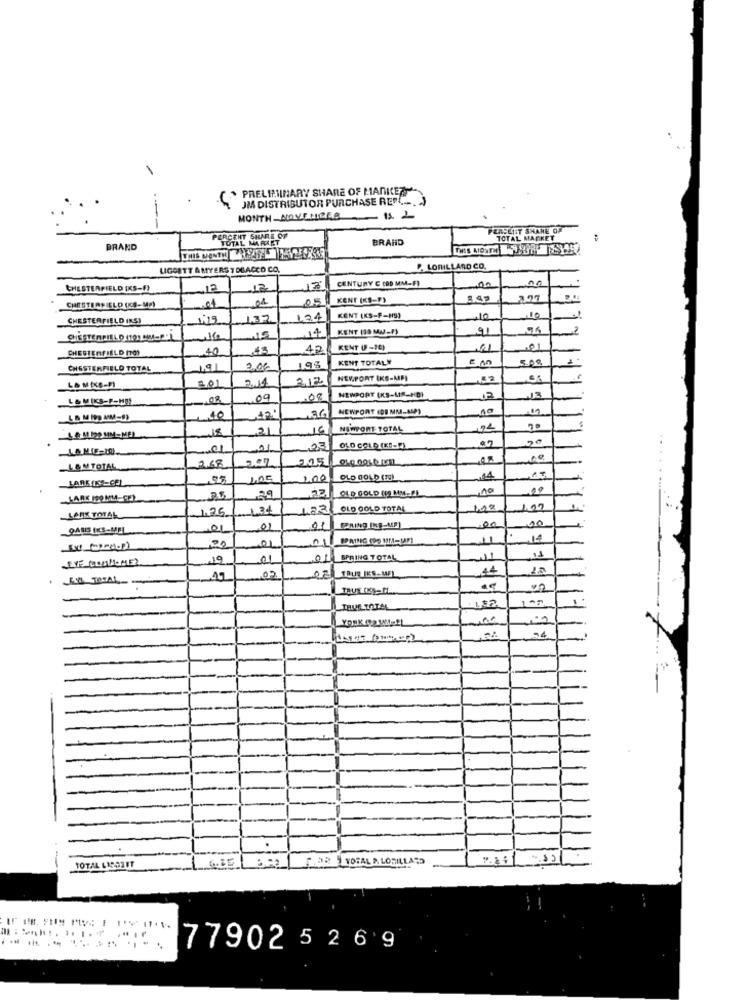
-
( * PRELIMINARY SHARE OF MANKE
OM DISTRIBUTOR PURCHASE REP[ .. . )
MONTH _ADVENIRER
PERSELIT SHAME OF
PERCENT SHARE OF
TOTAL MARKET
BRAND
TOTAL MARKET
BRAND
LIGOETT A MYERS Y DIACCO CO.
P. LORILLARD CO.
CENTURY C (OD MM-FI
CHESTERFIELD IKS-F)
12
12
13
.05
KENT (KS-F)
297
CHESTERFIELD (KCE-Mg)
CHESTERFIELD (NS)
132
124
KENT (KS-F-89)
.10
.14
KENT (35 MM-F)
91
CHESTERFIELD (TO)
40
43
42
KENT (F-16)
01
01
KENT TOTAL#
CHESTERFIELD TOTAL
3.06
195
5.03
2.14
312
NEWPORT (KS-MF)
LA MIKE-FI
201
L&MIKS-F-HOS
08
09
.08
NEWPORT (KS-MIS-HD)
13
NEWPORT (DEMM-AP)
,40
21
16
NEWPORT TOTAL
90
JAMIE-W.
01
21
23
OLD GOLD (KE-2)
505
L&MTOTAL
268
LARKINS-CEL
1,05
100
-14
22
10
LARS 180 MM-CE)
29
OLD GOLD (19 MM.PL
.34
22
OLD GOLD TOTAL
100
LARS TOTAL
1.25
,00
00
01
01
14
20
01
19
01
SPRING TOTAL
02
44
LA TOTAL
49
,02
182
THUS TOTAL
TOTAL LIBORFT
PO FOR 9 VORAL & LORILLARD
---------.
77902 5 2 6 9